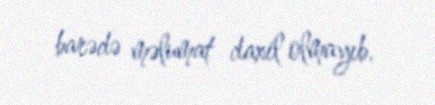
barədə məlumat daxil olmayıb.